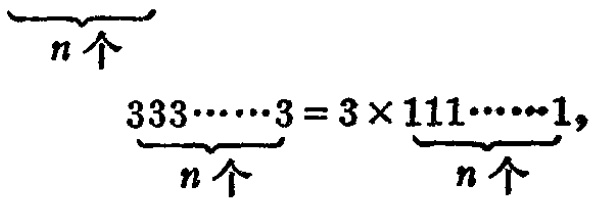
\(\underbrace{333\cdots\cdots3}_{n个}=3\times\underbrace{111\cdots\cdots1}_{n个}\)